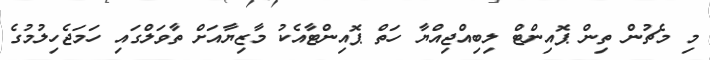
މި މެޗުން ތިން ޕޮއިންޓް ލިބިއްޖިއްޔާ ހަތް ޕޮއިންޓާއެކު މާޒިޔާއަށް ތާވަލްގައި ހަމަޖެހިލުމުގެ